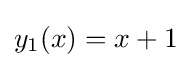
y_{1}(x)=x+1